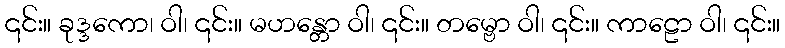
၎င်း။ ခုဒ္ဒကော၊ ဝါ၊ ၎င်း။ မဟန္တော ဝါ၊ ၎င်း။ တမ္ဗော ဝါ၊ ၎င်း။ ကာဠော ဝါ၊ ၎င်း။